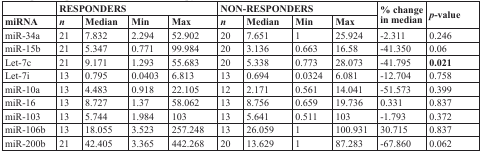
<table><thead><tr><td></td><td colspan="4"><b>RESPONDERS</b></td><td colspan="4"><b>NON-RESPONDERS</b></td><td rowspan="2"><b>% change in median</b></td><td rowspan="2"><b><i>p</i>-value</b></td></tr><tr><td><b>miRNA</b></td><td><b><i>n</i></b></td><td><b>Median</b></td><td><b>Min</b></td><td><b>Max</b></td><td><b><i>n</i></b></td><td><b>Median</b></td><td><b>Min</b></td><td><b>Max</b></td></tr></thead><tbody><tr><td>miR-34a</td><td>21</td><td>7.832</td><td>2.294</td><td>52.902</td><td>20</td><td>7.651</td><td>1</td><td>25.924</td><td>−2.311</td><td>0.246</td></tr><tr><td>miR-15b</td><td>21</td><td>5.347</td><td>0.771</td><td>99.984</td><td>20</td><td>3.136</td><td>0.663</td><td>16.58</td><td>−41.350</td><td>0.06</td></tr><tr><td>Let-7c</td><td>21</td><td>9.171</td><td>1.293</td><td>55.683</td><td>20</td><td>5.338</td><td>0.773</td><td>28.073</td><td>−41.795</td><td><b>0.021</b></td></tr><tr><td>Let-7i</td><td>13</td><td>0.795</td><td>0.0403</td><td>6.813</td><td>13</td><td>0.694</td><td>0.0324</td><td>6.081</td><td>−12.704</td><td>0.758</td></tr><tr><td>miR-10a</td><td>13</td><td>4.483</td><td>0.918</td><td>22.105</td><td>12</td><td>2.171</td><td>0.561</td><td>14.041</td><td>−51.573</td><td>0.399</td></tr><tr><td>miR-16</td><td>13</td><td>8.727</td><td>1.37</td><td>58.062</td><td>13</td><td>8.756</td><td>0.659</td><td>19.736</td><td>0.331</td><td>0.837</td></tr><tr><td>miR-103</td><td>13</td><td>5.744</td><td>1.984</td><td>103</td><td>13</td><td>5.641</td><td>0.511</td><td>103</td><td>−1.793</td><td>0.372</td></tr><tr><td>miR-106b</td><td>13</td><td>18.055</td><td>3.523</td><td>257.248</td><td>13</td><td>26.059</td><td>1</td><td>100.931</td><td>30.715</td><td>0.837</td></tr><tr><td>miR-200b</td><td>21</td><td>42.405</td><td>3.365</td><td>442.268</td><td>20</td><td>13.629</td><td>1</td><td>87.283</td><td>−67.860</td><td>0.062</td></tr></tbody></table>